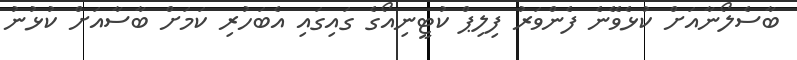
ބާސެލޯނާއަށް ކުޅެވޭނެ ފެންވަރު ފިލިޕް ކުޓީނިއޯގެ ގައިގައި އެބަހުރި ކަމަށް ބާސާއަށް ކުޅުނު